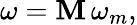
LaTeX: \omega=\mathbf{M}\, \omega_{m},